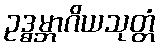
ဥဒ္ဓမ္ဘာဂိယသုတ္တံ